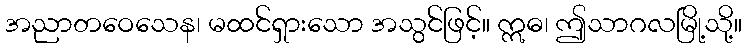
အညာတဝေသေန၊ မထင်ရှားသော အသွင်ဖြင့်။ ဣဓ၊ ဤသာဂလမြို့သို့။